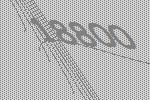
18800